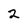
Character: 2